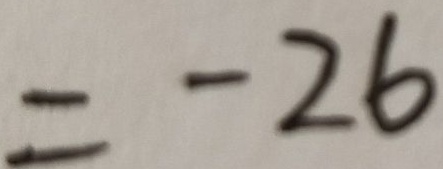
= - 2 6